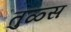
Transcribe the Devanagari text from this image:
तुळ्स